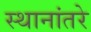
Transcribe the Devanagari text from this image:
स्थानांतरे